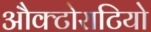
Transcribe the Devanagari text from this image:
औक्टोराटियो